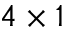
4 \times 1